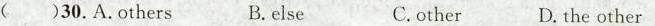
( )30.A.Others B.else C.other D. the other